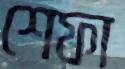
শেফা